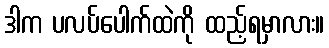
ဒါက ပလပ်ပေါက်ထဲကို ထည့်ရမှာလား။